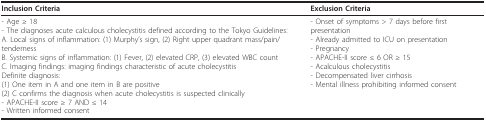
<table><thead><tr><td><b>Inclusion Criteria</b></td><td><b>Exclusion Criteria</b></td></tr></thead><tbody><tr><td>- Age ≥ 18- The diagnoses acute calculous cholecystitis defined according to the Tokyo Guidelines:A. Local signs of inflammation: (1) Murphy&#x27;s sign, (2) Right upper quadrant mass/pain/tendernessB. Systemic signs of inflammation: (1) Fever, (2) elevated CRP, (3) elevated WBC countC. Imaging findings: imaging findings characteristic of acute cholecystitisDefinite diagnosis:(1) One item in A and one item in B are positive(2) C confirms the diagnosis when acute cholecystitis is suspected clinically- APACHE-II score ≥ 7 AND ≤ 14- Written informed consent</td><td>- Onset of symptoms &gt; 7 days before first presentation- Already admitted to ICU on presentation- Pregnancy- APACHE-II score ≤ 6 OR ≥ 15- Acalculous cholecystitis- Decompensated liver cirrhosis- Mental illness prohibiting informed consent</td></tr></tbody></table>